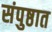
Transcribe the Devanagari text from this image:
संपुष्ठात